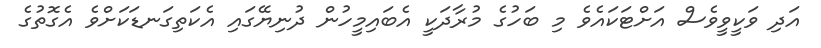
އަދި ވަކީވީވެސް އަށްޓަކައެވެ މި ބަހުގެ މުރާދަކީ އެބައިމީހުން ދުނިޔޭގައި އެކަތިގަނޑަކަށްވެ އެެގޮތުގެ